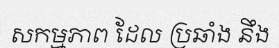
សកម្មភាព ដែល ប្រឆាំង នឹង